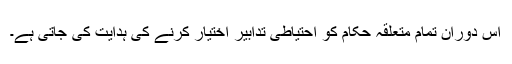
اس دوران تمام متعلقہ حکام کو احتیاطی تدابیر اختیار کرنے کی ہدایت کی جاتی ہے۔